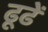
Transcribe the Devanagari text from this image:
ढूढें